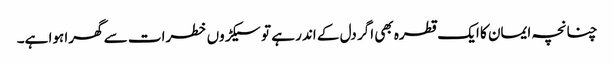
چنانچہ ایمان کا ایک قطرہ بھی اگر دل کے اندر ہے تو سیکڑوں خطرات سے گھرا ہوا ہے۔